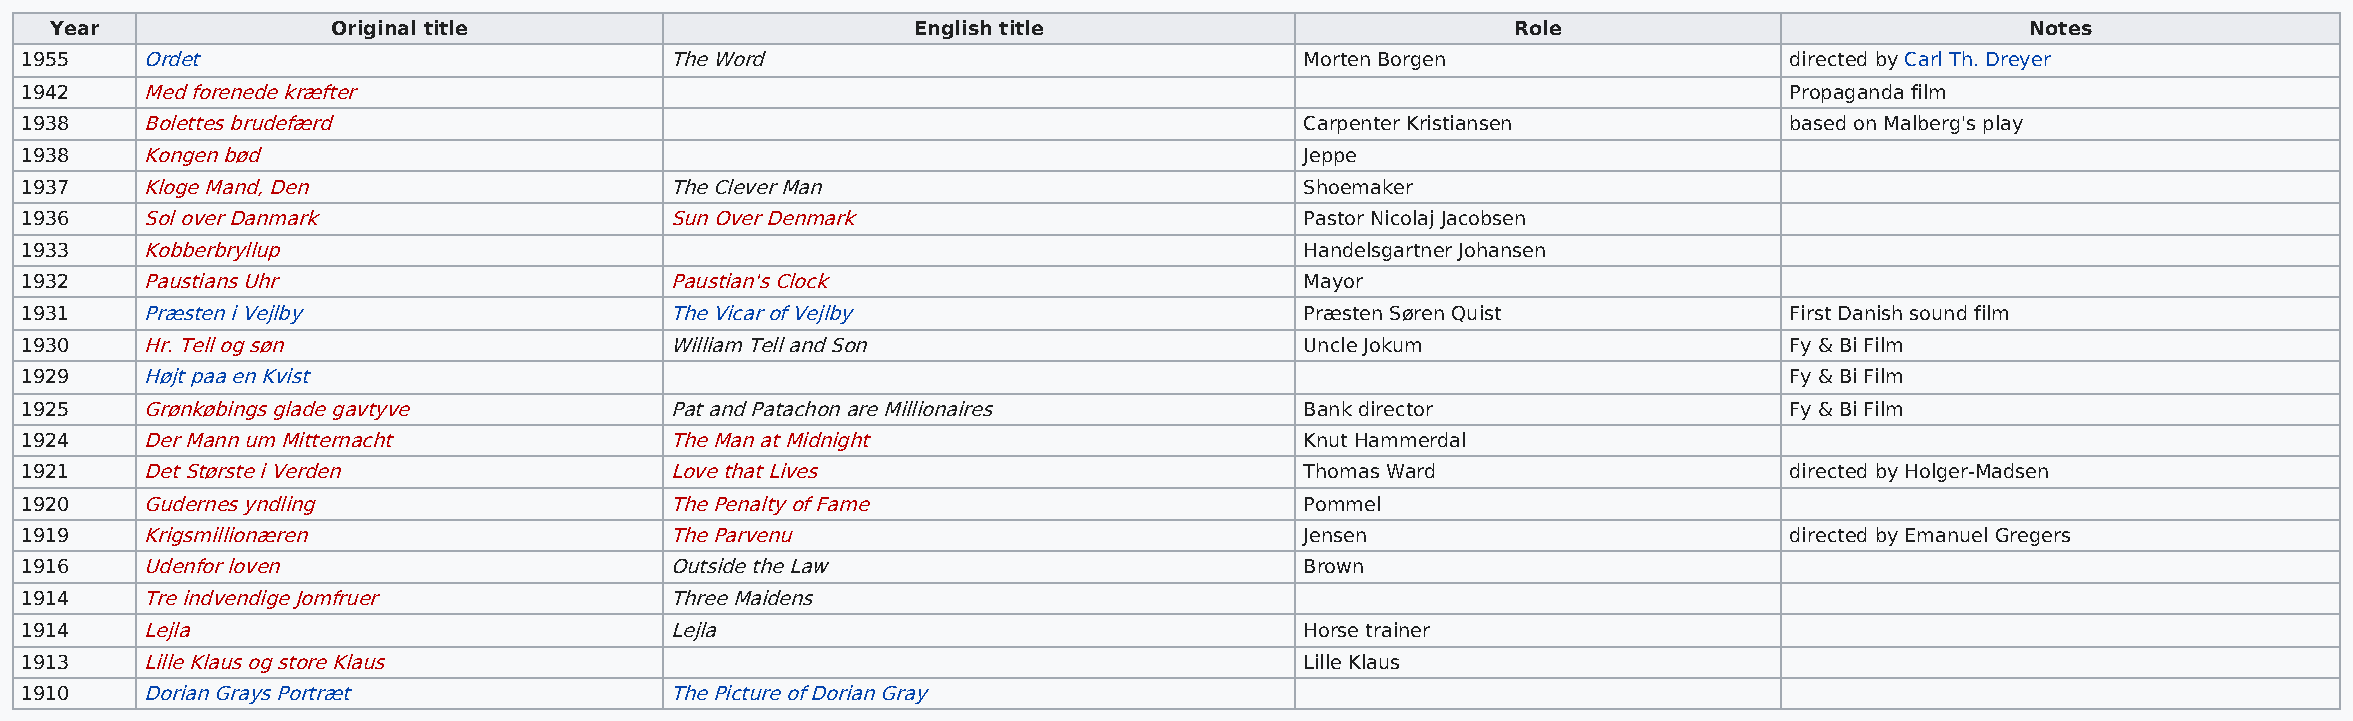
Year               Original title                        English title                           Role                              Notes
 1955    Ordet                              The Word                                  Morten Borgen                   directed by Carl Th. Dreyer
 1942    Med forenede kræfter                                                                                         Propaganda film
 1938    Bolettes brudefærd                                                           Carpenter Kristiansen           based on Malberg's play
 1938    Kongen bød                                                                   Jeppe
 1937    Kloge Mand, Den                    The Clever Man                            Shoemaker
 1936    Sol over Danmark                   Sun Over Denmark                          Pastor Nicolaj Jacobsen
 1933    Kobberbryllup                                                                Handelsgartner Johansen
 1932    Paustians Uhr                      Paustian's Clock                          Mayor
 1931    Præsten i Vejlby                   The Vicar of Vejlby                       Præsten Søren Quist             First Danish sound film
 1930    Hr. Tell og søn                    William Tell and Son                      Uncle Jokum                     Fy & Bi Film
 1929    Højt paa en Kvist                                                                                            Fy & Bi Film
 1925    Grønkøbings glade gavtyve          Pat and Patachon are Millionaires         Bank director                   Fy & Bi Film
 1924    Der Mann um Mitternacht            The Man at Midnight                       Knut Hammerdal
 1921    Det Største i Verden               Love that Lives                           Thomas Ward                     directed by Holger-Madsen
 1920    Gudernes yndling                   The Penalty of Fame                       Pommel
 1919    Krigsmillionæren                   The Parvenu                               Jensen                          directed by Emanuel Gregers
 1916    Udenfor loven                      Outside the Law                           Brown
 1914    Tre indvendige Jomfruer            Three Maidens
 1914    Lejla                              Lejla                                     Horse trainer
 1913    Lille Klaus og store Klaus                                                   Lille Klaus
 1910    Dorian Grays Portræt               The Picture of Dorian Gray